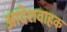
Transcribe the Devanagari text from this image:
आदेशवाहक